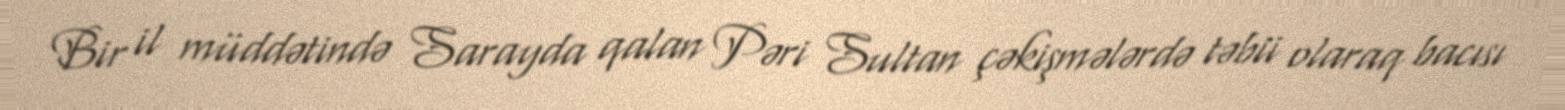
Bir il müddətində Sarayda qalan Pəri Sultan çəkişmələrdə təbii olaraq bacısı